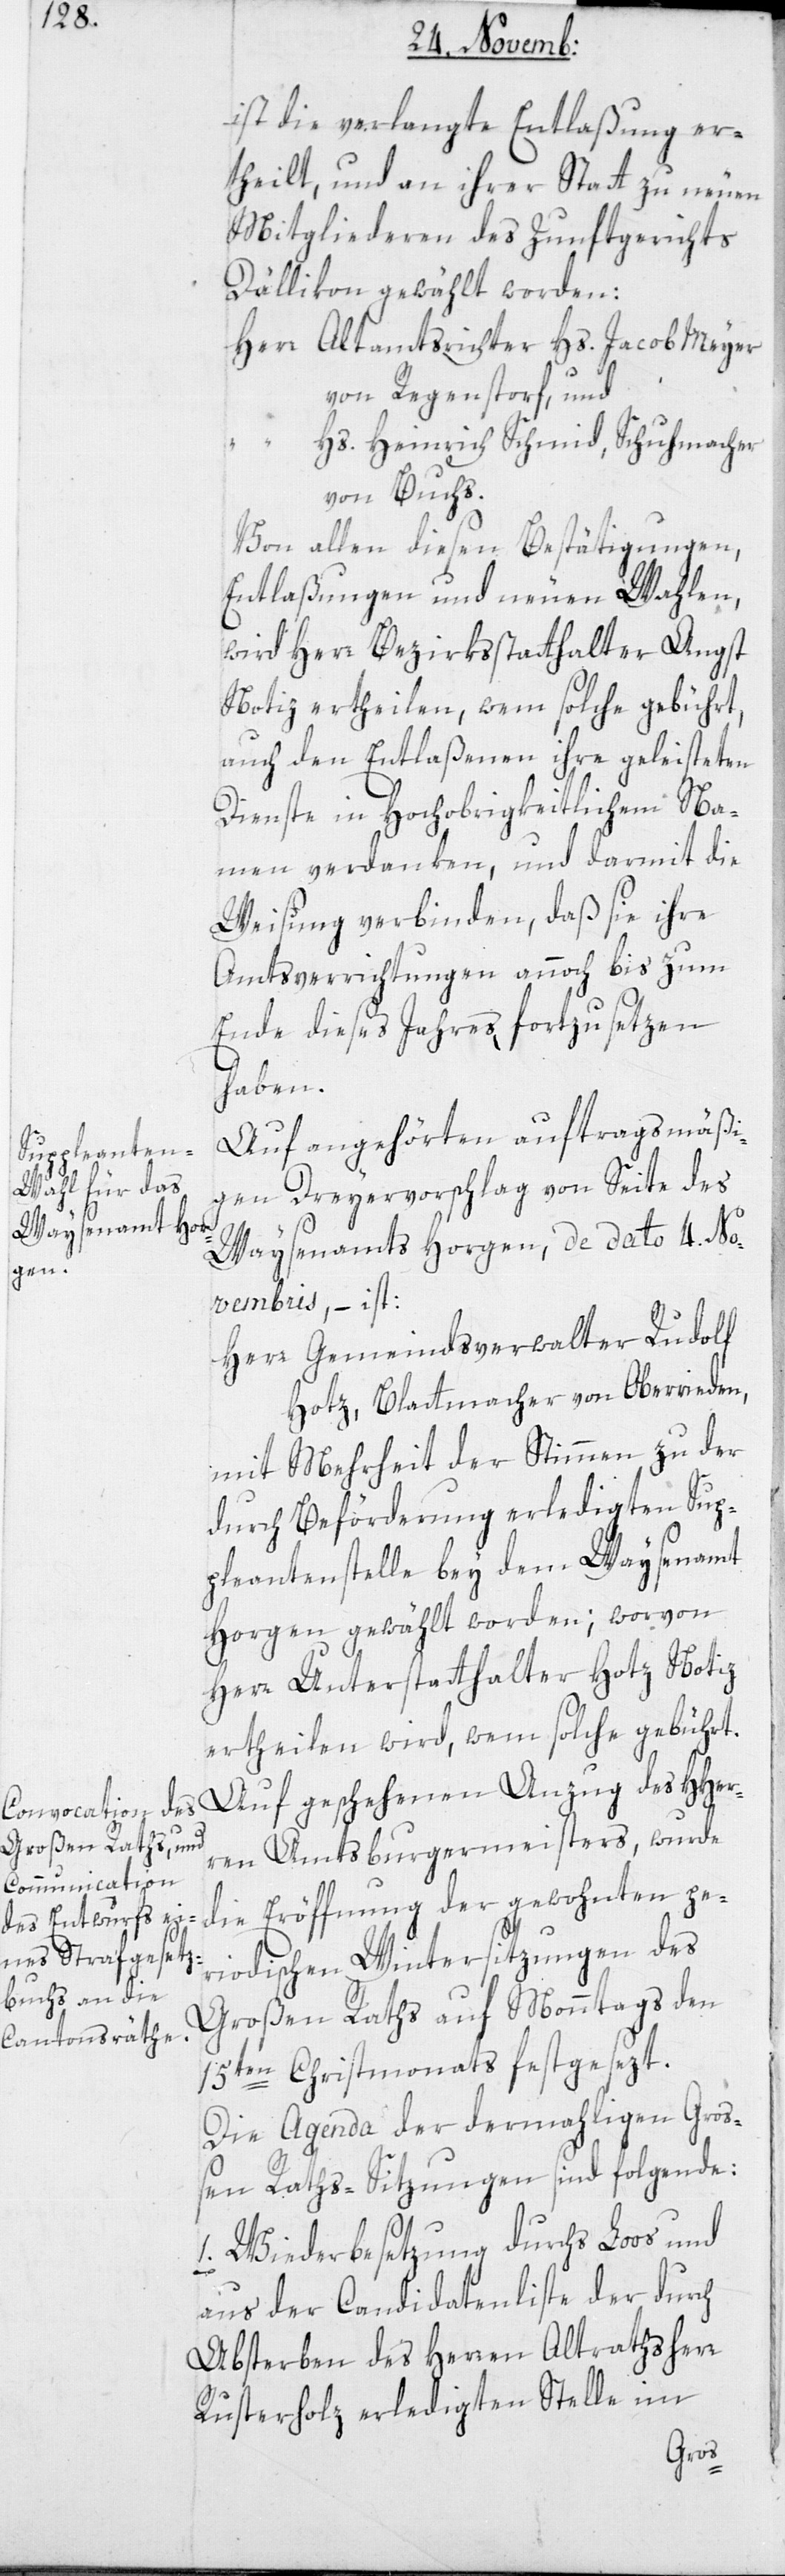
ist die verlangte Entlaßung er¬
theilt, und an ihrer Statt zu neuen
Mitgliederen des Zunftgerichts
Dällikon gewählt worden:
Herr Altamtsrichter Hs. Jacob Meyer
von Regenstorf, und
“ Hs. Heinrich Schmid, Schuhmacher
von Buchs.
Von allen diesen Bestätigungen,
Entlaßungen und neuen Wahlen,
wird Herr Bezirksstatthalter Angst
Notiz ertheilen, wem solche gebührt,
auch den Entlaßenen ihre geleisteten
Dienste in Hochobrigkeitlichem Na¬
men verdanken, und darmit die
Weisung verbinden, daß sie ihre
Amtsverrichtungen annoch bis zum
Ende dieses Jahres fortzusetzen
haben.
Auf angehörten auftragsmäßi¬
gen Dreyervorschlag von Seite des
Waisenamts Horgen, de dato 4. No¬
Her¬
vembris, ist:
Herr Gemeindsverwalter Rudolf
Hotz, Blattmacher von Oberrieden,
mit Mehrheit der Stimmen zu der
durch Beförderung erledigten Sup¬
pleantenstelle bey dem Waysenamt
Horgen gewählt worden; worvon
Herr Unterstatthalter Hotz Notiz
ertheilen wird, wem solche gebührt.
ren Amtsburgermeisters, wurde
die Eröffnung der gewohnten pe¬
riodischen Wintersitzungen des
Großen Raths auf Monntags den
15ten Christmonats festgesezt.
Die Agenda der dermahligen Groß¬
en Raths-Sitzungen sind folgende:
1. Wiederbesetzung durchs Loos und
aus der Candidatenliste der durch
Absterben des Herren Altrathsherr
Rusterholz erledigten Stelle im